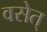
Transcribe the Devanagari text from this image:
वसेत्